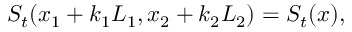
S _ { t } ( x _ { 1 } + k _ { 1 } L _ { 1 } , x _ { 2 } + k _ { 2 } L _ { 2 } ) = S _ { t } ( x ) ,